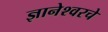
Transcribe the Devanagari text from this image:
ज्ञानेश्वरचे